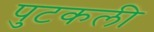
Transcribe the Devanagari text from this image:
पुटकली